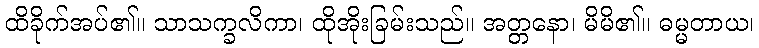
ထိခိုက်အပ်၏။ သာသက္ခလိကာ၊ ထိုအိုးခြမ်းသည်။ အတ္တနော၊ မိမိ၏။ ဓမ္မတာယ၊